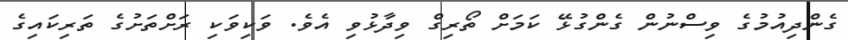
ގެންދިއުމުގެ ވިސްނުން ގެންގުޅޭ ކަމަށް ތޯރިގް ވިދާޅުވި އެވެ. ވަކިވަކި ރަށްތަށުގެ ތަރިކައިގެ